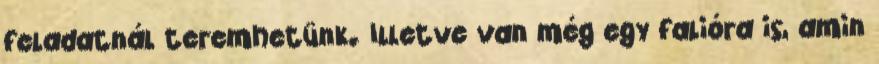
feladatnál teremhetünk. Illetve van még egy falióra is, amin